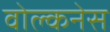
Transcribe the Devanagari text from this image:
वोल्कनेस